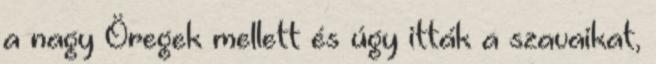
a nagy Öregek mellett és úgy itták a szavaikat,